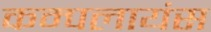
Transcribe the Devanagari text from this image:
कम्पलायंस